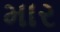
માર